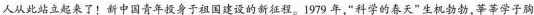
人从此站立起来了！新中国青年投身于祖国建设的新征程。1979年，”科学的春天”生机勃勃，莘莘学子胸